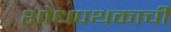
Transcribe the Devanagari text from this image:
शोधपथकाची